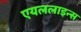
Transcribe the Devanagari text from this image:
एयललाइन्स